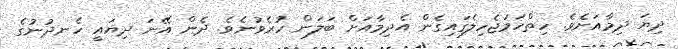
ދިޔަ ދިމާއަށެވެ. ހިތްހަމަޖެހިލެގައިގެން އެދިމާއަށް ބަލަން ހުރެވުނެވެ. ދެން އޭނަ ދިޔައީ ހެނދުނުގެ